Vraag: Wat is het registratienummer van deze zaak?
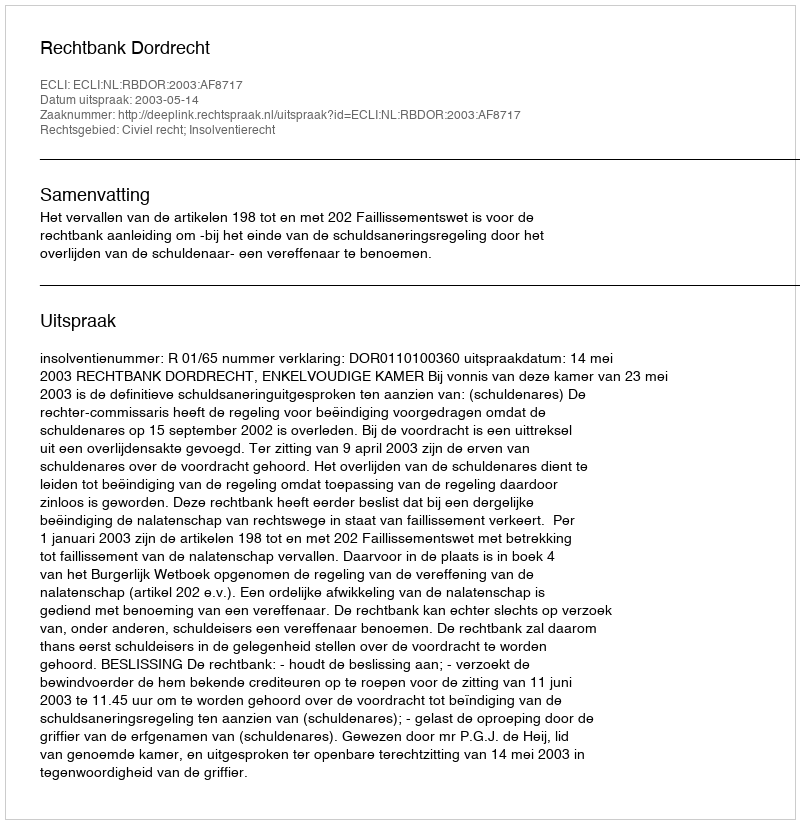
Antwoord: http://deeplink.rechtspraak.nl/uitspraak?id=ECLI:NL:RBDOR:2003:AF8717